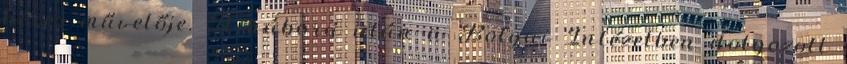
híres művelője. A háború után a Bolyai Intézetben dolgozott